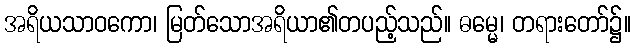
အရိယသာဝကော၊ မြတ်သောအရိယာ၏တပည့်သည်။ ဓမ္မေ၊ တရားတော်၌။